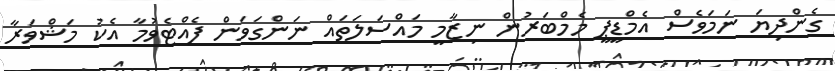
ގެންދިޔަ ނަމަވެސް އެމްޑީޕީ މެމްބަރުން ނިޒާމީ މައްސަލަތައް ނަންގަވަން ފެއްޓެވުމާ އެކު މަޝްވަރާ